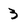
Character: 3